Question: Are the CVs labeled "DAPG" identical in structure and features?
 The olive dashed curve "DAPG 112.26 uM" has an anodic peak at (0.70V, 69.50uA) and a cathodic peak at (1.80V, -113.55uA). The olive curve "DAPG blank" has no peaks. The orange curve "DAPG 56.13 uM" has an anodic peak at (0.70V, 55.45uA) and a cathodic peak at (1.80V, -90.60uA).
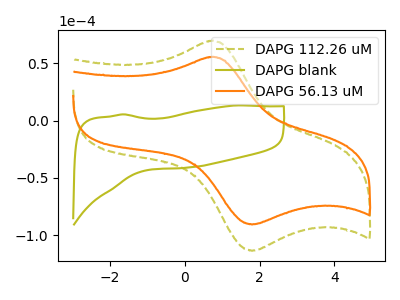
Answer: <think>"DAPG 112.26 uM" and "DAPG blank" have a different number of peaks. All the peaks in "DAPG 112.26 uM" have a peak in "DAPG 56.13 uM" at the same potential. Every peak in "DAPG 112.26 uM" is higher than every peak in "DAPG 56.13 uM". "DAPG blank" and "DAPG 56.13 uM" have a different number of peaks.
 </think>
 <answer>All the CV's of "DAPG" have similar shape.</answer>
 <eval>follow_rule</eval>